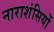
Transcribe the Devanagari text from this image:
नाराशंसियों